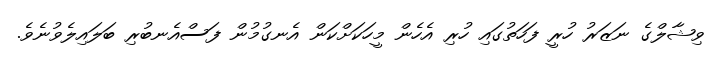
ވިޝާލްގެ ނަޒަރު ހުރީ ފަހަތުގައި ހުރި އެހެން މީހަކަށްކަން އެނގުމުން ފަސްއެނބުރި ބަލައިލެވުނެވެ.